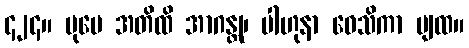
၄၂၄။ ပုမေ အတိထိ အာဂန္တု၊ ပါဟုနာ ဝေသိကာ ပျထ။